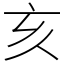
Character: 亥